Vaccine operations Central Provinces & Berar 1912-1920 - 1912-1920
Year: 1912
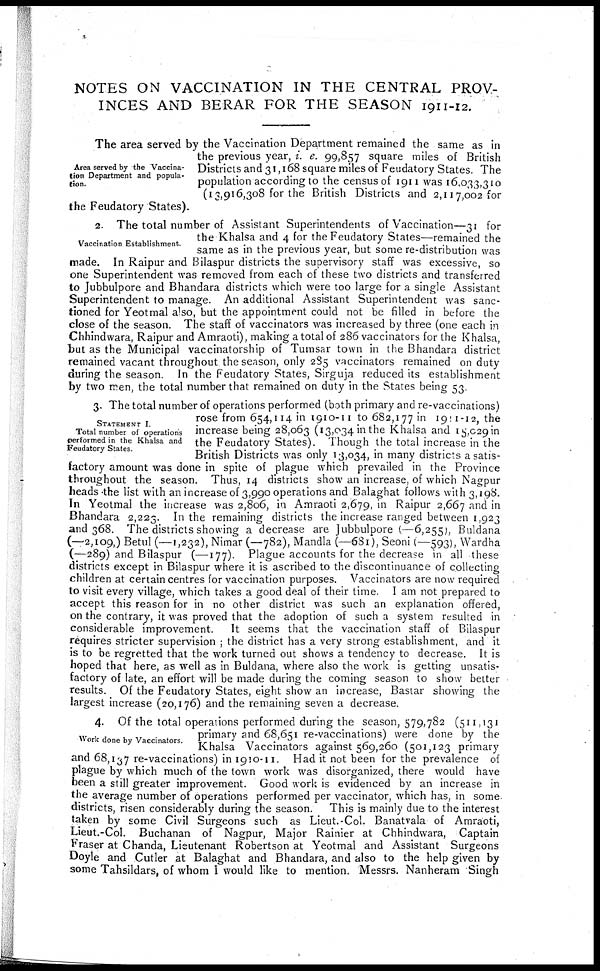
NOTES ON VACCINATION IN THE CENTRAL PROV-
INCES AND BERAR FOR THE SEASON 1911-12.
Area served by the Vaccina-
tion Department and popula-
tion.
The area served by the Vaccination Department remained the same as in
the previous year, i. e. 99,857 square miles of British
Districts and 31, 168 square miles of Feudatory States. The
population according to the census of 1911 was 16,033,310
(13,916,308 for the British Districts and 2,117,002 for
the Feudatory States).
Vaccination Establishment.
2. The total number of Assistant Superintendents of Vaccination—31 for
the Khalsa and 4 for the Feudatory States—remained the
same as in the previous year, but some re-distribution was
made. In Raipur and Bilaspur districts the supervisory staff was excessive, so
one Superintendent was removed from each of these two districts and transferred
to Jubbulpore and Bhandara districts which were too large for a single Assistant
Superintendent to manage. An additional Assistant Superintendent was sanc-
tioned for Yeotmal also, but the appointment could not be filled in before the
close of the season. The staff of vaccinators was increased by three (one each in
Chhindwara, Raipur and Amraoti), making a total of 286 vaccinators for the Khalsa,
but as the Municipal vaccinatorship of Tumsar town in the Bhandara district
remained vacant throughout the season, only 285 vaccinators remained on duty
during the season. In the Feudatory States, Sirguja reduced its establishment
by two men, the total number that remained on duty in the States being 53.
STATEMENT I.
Total number of operations
performed in the Khalsa and
Feudatory States.
3. The total number of operations performed (both primary and re-vaccinations)
rose from 654,114 in 1910-11 to 682,177 in 1911-12, the
increase being 28,063 (13,034 in the Khalsa and 15,029 in
the Feudatory States). Though the total increase in the
British Districts was only 13,034, in many districts a satis-
factory amount was done in spite of plague which prevailed in the Province
throughout the season. Thus, 14 districts show an increase, of which Nagpur
heads the list with an increase of 3,990 operations and Balaghat follows with 3,198.
In Yeotmal the increase was 2,806, in Amraoti 2,679, in Raipur 2,667 and in
Bhandara 2,223. In the remaining districts the increase ranged between 1,923
and 368. The districts showing a decrease are Jubbulpore (—6,255), Buldana
(—2,109,) Betul (—1,232), Nimar (—782), Mandla (—681), Seoni (—593), Wardha
(—289) and Bilaspur (—177). Plague accounts for the decrease in all these
districts except in Bilaspur where it is ascribed to the discontinuance of collecting
children at certain centres for vaccination purposes. Vaccinators are now required
to visit every village, which takes a good deal of their time. I am not prepared to
accept this reason for in no other district was such an explanation offered,
on the contrary, it was proved that the adoption of such a system resulted in
considerable improvement. It seems that the vaccination staff of Bilaspur
requires stricter supervision ; the district has a very strong establishment, and it
is to be regretted that the work turned out shows a tendency to decrease. It is
hoped that here, as well as in Buldana, where also the work is getting unsatis-
factory of late, an effort will be made during the coming season to show better
results. Of the Feudatory States, eight show an increase, Bastar showing the
largest increase (20,176) and the remaining seven a decrease.
Work done by Vaccinators.
4. Of the total operations performed during the season, 579,782 (511,131
primary and 68,651 re-vaccinations) were done by the
Khalsa Vaccinators against 569,260 (501,123 primary
and 68,137 re-vaccinations) in 1910-11. Had it not been for the prevalence of
plague by which much of the town work was disorganized, there would have
been a still greater improvement. Good work is evidenced by an increase in
the average number of operations performed per vaccinator, which has, in some
districts, risen considerably during the season. This is mainly due to the interest
taken by some Civil Surgeons such as Lieut.-Col. Banatvala of Amraoti,
Lieut-Col. Buchanan of Nagpur, Major Rainier at Chhindwara, Captain
Fraser at Chanda, Lieutenant Robertson at Yeotmal and Assistant Surgeons
Doyle and Cutler at Balaghat and Bhandara, and also to the help given by
some Tahsildars, of whom I would like to mention. Messrs. Nanheram Singh